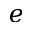
e